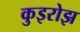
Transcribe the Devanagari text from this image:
कुइरोझ